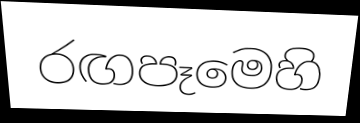
රඟපෑමෙහි